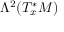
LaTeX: \Lambda ^ { 2 } ( T _ { x } ^ { * } M )